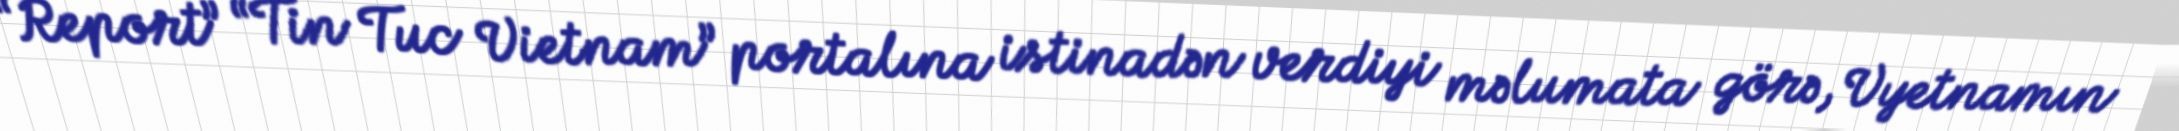
“Report” “Tin Tuc Vietnam” portalına istinadən verdiyi məlumata görə, Vyetnamın